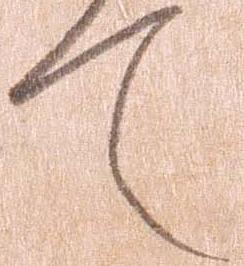
て